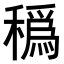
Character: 𥢬